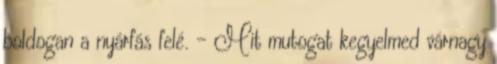
boldogan a nyárfás felé. - Mit mutogat kegyelmed várnagy